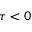
\tau < 0